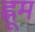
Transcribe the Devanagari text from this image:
ह्नूम